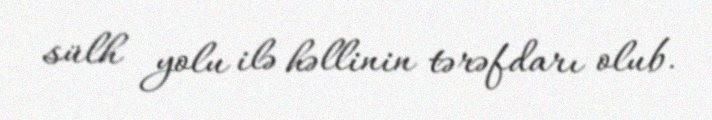
sülh yolu ilə həllinin tərəfdarı olub.